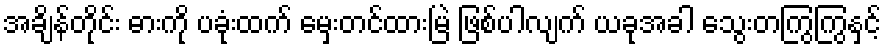
အချိန်တိုင်း ဓားကို ပခုံးထက် မှေးတင်ထားမြဲ ဖြစ်ပါလျက် ယခုအခါ သွေးတကြွကြွနှင့်